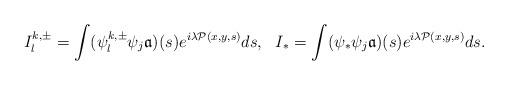
LaTeX: \begin{align*} {I}_{l}^{k, \pm}=\int (\psi^{k, \pm}_l \psi_j\mathfrak a)(s)e^{i\lambda\mathcal P(x,y,s)}ds, \ \ {I}_{\ast} =\int (\psi_\ast\psi_j\mathfrak a)(s)e^{i\lambda\mathcal P(x,y,s)}ds. \end{align*}